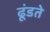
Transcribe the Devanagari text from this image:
ढूंडते